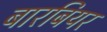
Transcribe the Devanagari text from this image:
बारबियर